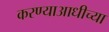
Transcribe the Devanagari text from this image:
करण्याआधीच्या